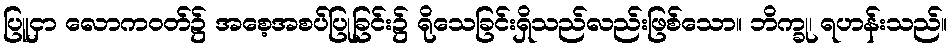
ပြူငှာ လောကဝတ်၌ အစေ့အစပ်ပြုခြင်း၌ ရိုသေခြင်းရှိသည်လည်းဖြစ်သော။ ဘိက္ခု၊ ရဟန်းသည်။